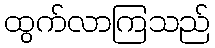
ထွက်လာကြသည်